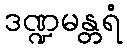
ဒဏ္ဍမန္တရံ